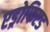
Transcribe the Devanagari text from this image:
एड्रोफिएड